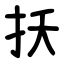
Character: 扷